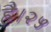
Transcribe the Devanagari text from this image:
है।२५